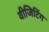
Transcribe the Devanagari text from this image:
वीजिटिंग